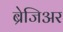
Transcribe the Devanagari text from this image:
ब्रेजिअर